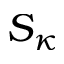
S _ { \kappa }